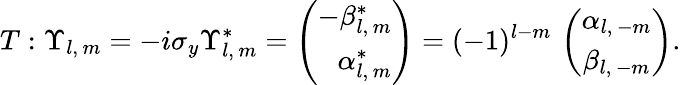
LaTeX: T:\Upsilon_{l,\, m}=-i\sigma_{y}\Upsilon_{l,\, m}^{*}=\left(\begin{array}{r}{{-\beta_{l,\, m}^{*}}}\\ {{\alpha_{l,\, m}^{*}}}\end{array}\right)=(-1)^{l-m}\, \left(\begin{array}{c}{{\alpha_{l,\, -m}}}\\ {{\beta_{l,\, -m}}}\end{array}\right).